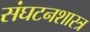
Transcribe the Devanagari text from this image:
संघटनशास्त्र